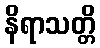
နိရာသတ္တိ